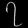
Digit: ၇